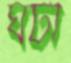
ঘটী